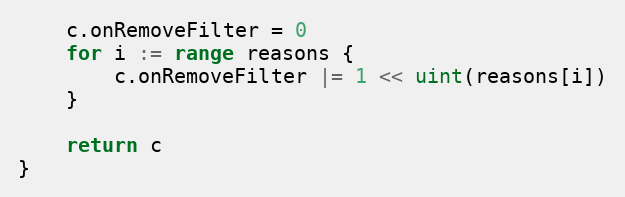
Language: Go
	c.onRemoveFilter = 0
	for i := range reasons {
		c.onRemoveFilter |= 1 << uint(reasons[i])
	}

	return c
}